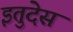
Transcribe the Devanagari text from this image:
इतुदेस